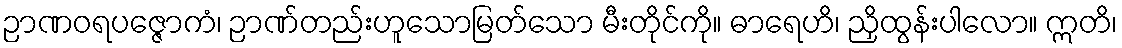
ဉာဏဝရပဇ္ဇောကံ၊ ဉာဏ်တည်းဟူသောမြတ်သော မီးတိုင်ကို။ ဓာရေဟိ၊ ညှိထွန်းပါလော။ ဣတိ၊